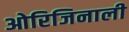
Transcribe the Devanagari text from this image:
ओरिजिनाली